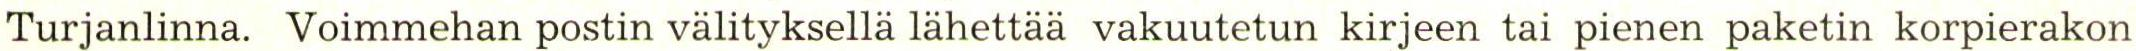
Turjanlinna. Voimmehan postin välityksellä lähettää vakuutetun kirjeen tai pienen paketin korpierakon